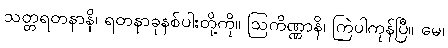
သတ္တရတနာနိ၊ ရတနာခုနစ်ပါးတို့ကို။ ဩကိဏ္ဏာနိ၊ ကြဲပါကုန်ပြီ။ မေ၊